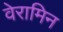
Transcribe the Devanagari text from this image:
वेरामिन